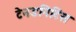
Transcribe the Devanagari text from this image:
टेनडनिटिस